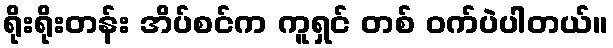
ရိုးရိုးတန်း အိပ်စင်က ကူရှင် တစ် ဝက်ပဲပါတယ်။